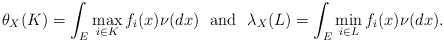
\begin{align*}\theta_X(K) =\int_E \max_{i\in K} f_i(x) \nu(dx) \ \mbox{ and }\ \lambda_X(L) = \int_E \min_{i\in L} f_i(x) \nu(dx).\end{align*}